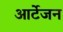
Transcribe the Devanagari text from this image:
आर्टेजन